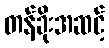
တန်ခိုးအဆင့်